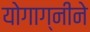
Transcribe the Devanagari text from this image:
योगाग्नीने